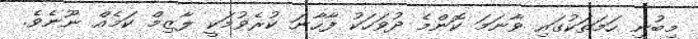
މިބުނި ހަމަތަކުގައި ވާނަމަ ކޮންމެ ދުވަހަކު ފާހާނަ ކުރެވުމަކީ ލާޒިމް ކަމެއް ނޫނެވެ.